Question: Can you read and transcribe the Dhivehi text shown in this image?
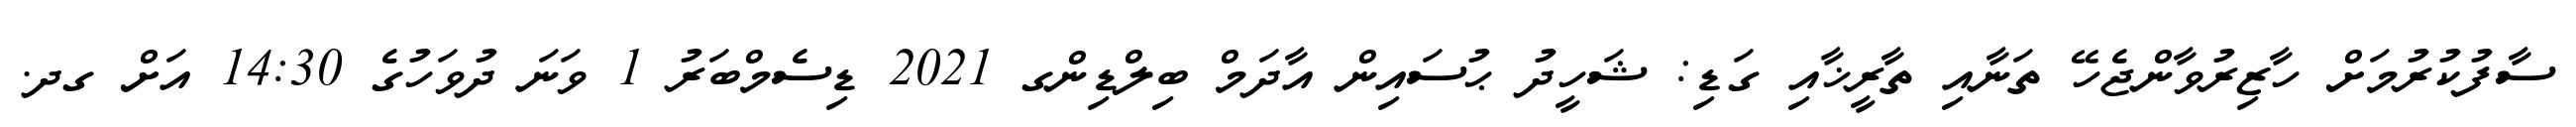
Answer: ސާފުކުރުމަށް ހާޒިރުވާންޖެހޭ ތަނާއި ތާރީޚާއި ގަޑި: ޝަހީދު ޙުސައިން އާދަމް ބިލްޑިންގ 2021 ޑިސެމްބަރު 1 ވަނަ ދުވަހުގެ 14:30 އަށް ގދ.